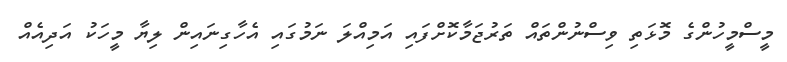
މީސްމީހުންގެ މޮޅަތި ވިސްނުންތައް ތަރުޖަމާކޮށްފައި އަމިއްލަ ނަމުގައި އެހާގިނައިން ލިޔާ މީހަކު އަދިއެއް